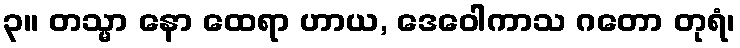
၃။ တသ္မာ နော ထေရာ ဟာယ, ဒေဝေါကာသ ဂတော တုရံ၊